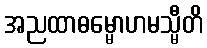
အညထာဓမ္မောဟမသ္မီတိ